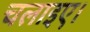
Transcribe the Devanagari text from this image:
चलाइए।